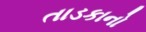
તાડકાનો